Lunatic asylums Punjab 1895-1910 - 1895-1910
Year: 1895
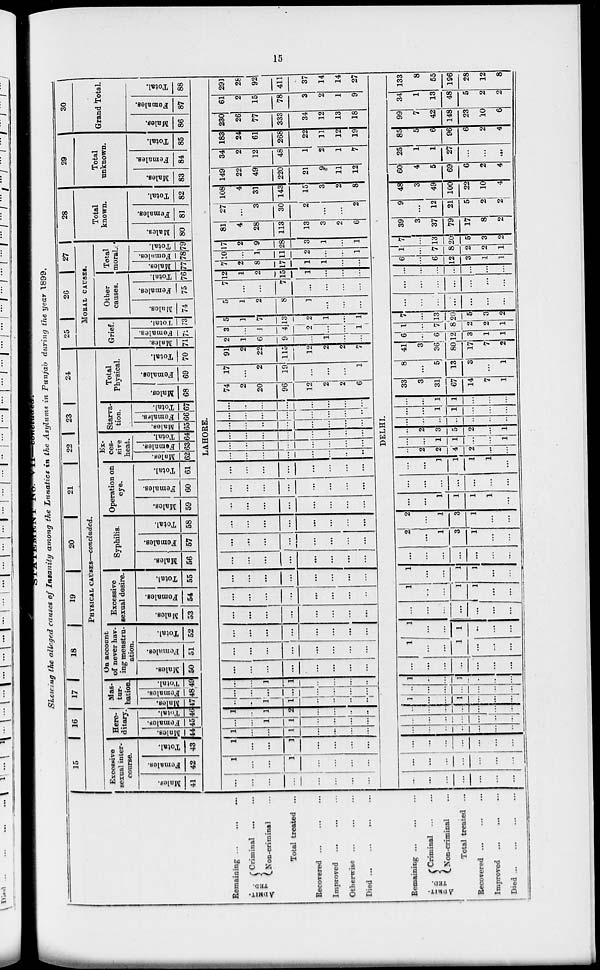
15
STATEMENT No. VII.-concluded.
Showing the alleged causes of Insanity among the Lunatics in the Asylums in Punjab during the year 1899.
Remaining ... ... ...
ADMIT-
TED.
Criminal ... ...
Non-criminal ...
Total treated ... ... ...
Recovered ... ... ...
Improved ... ... ...
Otherwise ... ... ...
Died ... ... ... ...
Remaining ... ... ...
ADMIT-
---.
Criminal ... ...
Non-criminal
Total treated ...
Recovered ... ... ...
Improved ... ... ...
Died
...
...
...
...
15
16 17
18
19
20
21
22 23
24
PHYSICAL CAUSES—concluded.
Excessive
sexual inter-
course.
Males.
41
Females.
42
Total.
43
Here-
ditary.
Males.
44
Females.
45
Total.
46
Mas-
tur-
bation.
Males.
47
Females.
48
Total.
49
On account
of never hav-
ing menstru-
ation.
Males.
50
Females.
51
Total.
52
Excessive
sexual desire.
Males.
53
Females.
54
Total.
55
Syphilis.
Males.
56
Females.
57
Total.
58
Operation on
eye.
Males.
59
Females.
60
Total.
61
Ex-
ces-
sive
heat.
Males.
62
Females.
63
Total.
64
Starva-
tion.
Males.
65
Females.
66
Total.
67
Total
Physical.
Males.
68
Females.
69
Total.
70
25
26
27
MORAL CAUSES.
Grief.
Males.
71
Females.
72
Total.
73
Other
causes.
Males.
74
Females.
75
Total.
76
Total
moral.
Males.
77
Females.
78
Total.
79
28
Total
known.
Males.
80
Females.
81
Total.
82
29
Total
unknown.
Males.
83
Females.
84
Total.
85
30
Grand Total.
Males.
86
Females.
87
Total.
88
LAHORE.
...
...
...
...
...
...
...
...
1
...
...
1
...
...
...
...
1
...
...
1
...
...
...
...
1
...
...
1
...
...
...
...
...
...
1
1
...
...
...
...
1
..
1
2
...
...
...
...
...
...
1
1
...
..
...
...
...
...
...
...
...
...
...
...
...
...
1
1
...
...
...
...
...
...
...
...
...
...
...
...
...
...
...
...
...
...
...
...
...
...
...
...
...
...
...
...
...
...
...
...
...
...
...
...
...
...
...
...
...
...
...
...
...
...
...
...
...
...
...
...
...
...
...
...
...
...
...
...
...
...
...
...
...
...
...
...
...
...
...
...
...
...
...
...
...
...
...
...
...
...
...
...
...
...
...
...
...
...
...
...
...
...
...
...
...
...
...
...
...
...
...
...
...
...
...
...
...
...
...
...
...
...
...
...
...
...
...
...
...
...
...
...
...
...
...
...
...
...
...
...
...
...
...
...
...
...
...
...
...
...
...
...
...
74
2
20
96
12
2
2
6
17
...
2
19
...
...
...
1
91
2
22
115
12
2
2
7
2
1
6
9
1
...
...
3
...
1
4
2
...
...
1
5
1
7
13
2
1
...
1
5
1
2
8
1
...
...
...
7
...
...
7
...
...
...
...
12
1
2
15
1
...
...
...
7
2
8
17
1
1
...
...
10
...
1
11
2
...
...
1
17
2
9
28
3
1
...
1
81
4
28
113
13
3
2
6
27
...
3
30
2
...
...
2
108
4
31
143
15
3
2
8
149
22
49
220
21
9
11
12
34
2
12
48
1
2
1
7
183
24
61
268
22
11
12
19
230
26
77
333
34
12
13
18
61
2
15
78
3
2
1
9
291
28
92
411
37
14
14
27
DELHI.
...
...
...
...
...
...
...
...
...
...
...
...
...
...
...
...
...
...
...
...
...
...
...
...
...
...
...
...
...
...
...
...
...
...
...
...
...
...
...
...
...
1
...
...
1
...
...
...
...
...
...
...
...
...
...
1
...
...
1
...
...
...
...
...
...
...
...
...
...
1
...
...
1
...
...
...
1
...
...
1
...
...
...
...
...
...
...
...
...
...
1
...
...
1
1
...
...
1
...
...
1
1
...
...
...
...
...
...
...
...
2
...
1
3
1
...
...
2
...
1
3
1
...
...
...
...
1
1
1
1
...
...
...
...
...
...
...
...
...
...
1
1
1
1
...
...
2
2
4
2
...
...
...
...
1
1
...
...
1
...
2
3
5
2
...
1
...
...
...
...
...
...
...
...
...
1
1
...
...
...
...
...
1
1
...
...
...
33
3
31
67
14
7
1
8
...
5
13
3
...
1
41
3
36
80
17
7
2
6
...
6
12
3
1
1
1
...
7
8
2
2
1
7
...
13
20
5
3
2
...
...
...
...
...
...
...
...
...
...
...
...
...
...
...
...
...
...
...
...
...
6
...
6
12
3
1
1
1
...
7
8
2
2
1
7
...
13
20
5
3
2
39
3
37
79
17
8
2
9
...
12
21
5
2
2
48
3
49
100
22
10
4
60
4
5
69
6
2
4
25
1
1
27
...
...
...
85
5
6
96
6
2
4
99
7
42
148
23
10
6
34
1
13
48
5
2
2
133
8
55
196
28
12
8